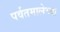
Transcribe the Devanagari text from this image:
पर्वतमालेच्या